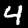
Label: 4